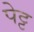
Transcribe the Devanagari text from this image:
पेट्ट